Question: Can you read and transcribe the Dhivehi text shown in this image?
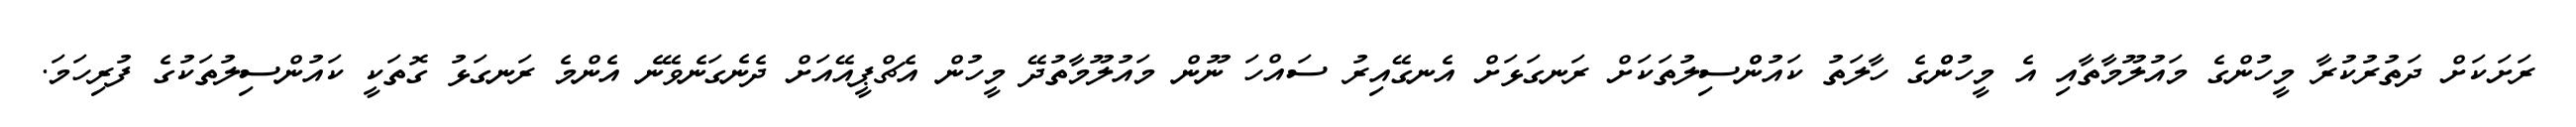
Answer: ރަށަކަށް ދަތުރުކުރާ މީހުންގެ މައުލޫމާތާއި އެ މީހުންްގެ ހާލަތު ކައުންްސިލުތަކަށް ރަނގަޅަށް އެނގޭއިރު ސައްހަ ނޫން މައުލޫމާތުދޭ މީހުން އެޗްޕީއޭއަށް ދެނެގަނެވޭނެ އެންމެ ރަނގަޅު ގޮތަކީ ކައުންސިލުތަކުގެ ފުރިހަމަ.